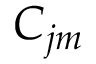
C _ { j m }